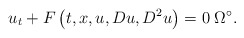
\begin{align*}u_{t}+F\left(t,x,u,Du,D^{2}u\right)=0\;\Omega ^{\circ }.\end{align*}